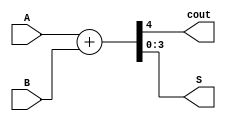

//
module adder (
    A,
    B,
    cout,
    S
);
    input[3:0]  A ;
    input[3:0]  B;
    output cout;
    output[3:0] S ; 

    wire cout;
    wire[3:0] S;

    assign {cout,S}=A+B;



endmodule